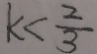
k < \frac { 2 } { 3 }